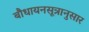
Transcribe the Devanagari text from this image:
बौधायनसूत्रानुसार